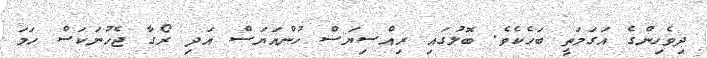
ދިވެހިންގެ އަގަމަތީ ބަހެކެވެ. ބޮލުގައި ރިއްސިޔަސް ހުންއަޔަސް އަދި ރޯގާ ޖެހުނަކަސް ހަމަ